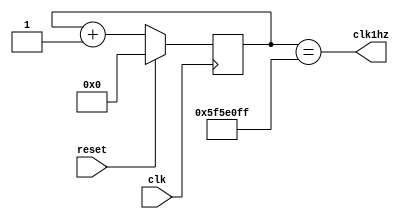
`timescale 1ns / 1ps
//////////////////////////////////////////////////////////////////////////////////
// Company: 
// Engineer: 
// 
// Design Name: 
// Module Name:    OneHZ 
// Project Name: 
// Target Devices: 
// Tool versions: 
// Description: 
//
// Dependencies: 
//
// Revision: 
// Revision 0.01 - File Created
// Additional Comments: 
//
//////////////////////////////////////////////////////////////////////////////////
module OneHZ (input clk, reset, output clk1hz);
reg [26:0] counter;
always @(posedge clk)
begin
if (reset)
counter <= 0;
else
counter <= counter + 1;
end
assign clk1hz = (counter == 99999999);

endmodule